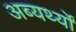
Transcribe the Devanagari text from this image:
अब्यर्थ्यों